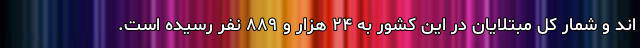
اند و شمار کل مبتلایان در این کشور به ۲۴ هزار و ۸۸۹ نفر رسیده است.